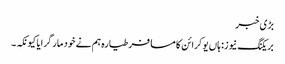
بڑی خبر
بریکنگ نیوز: ہاں یوکرائن کا مسافر طیارہ ہم نے خود مار گرایا کیونکہ ۔